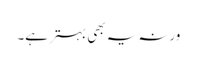
ورنہ یہ بھی بہتر ہے۔